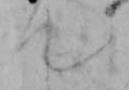
て